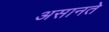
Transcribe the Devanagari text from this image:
असानते